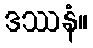
ဒဿနံ။